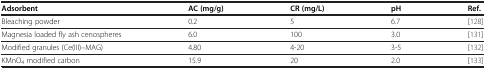
<table><thead><tr><td><b>Adsorbent</b></td><td><b>AC (mg/g)</b></td><td><b>CR (mg/L)</b></td><td><b>pH</b></td><td><b>Ref.</b></td></tr></thead><tbody><tr><td>Bleaching powder</td><td>0.2</td><td>5</td><td>6.7</td><td>[128]</td></tr><tr><td>Magnesia loaded fly ash cenospheres</td><td>6.0</td><td>100</td><td>3.0</td><td>[131]</td></tr><tr><td>Modified granules (Ce(III)–MAG)</td><td>4.80</td><td>4-20</td><td>3-5</td><td>[132]</td></tr><tr><td>KMnO<sub>4</sub> modified carbon</td><td>15.9</td><td>20</td><td>2.0</td><td>[133]</td></tr></tbody></table>